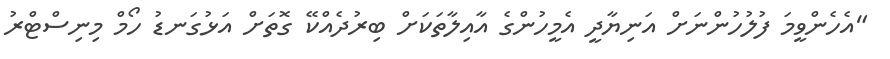
"އެހެންވީމަ ފުލުހުންނަށް އަނިޔާދީ އެމީހުންގެ އާއިލާތަކަށް ބިރުދެއްކޭ ގޮތަށް އަޅުގަނޑު ހޯމް މިނިސްޓްރު